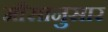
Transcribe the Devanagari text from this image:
मौसानुसार